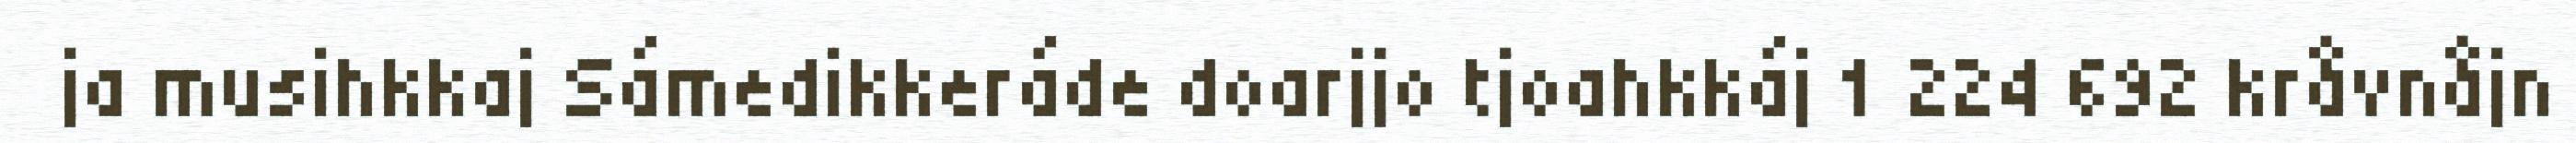
ja musihkkaj Sámedikkeráde doarjjo tjoahkkáj 1 224 692 kråvnåjn